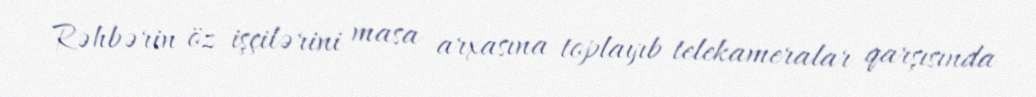
Rəhbərin öz işçilərini masa arxasına toplayıb telekameralar qarşısında